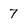
Character: 7